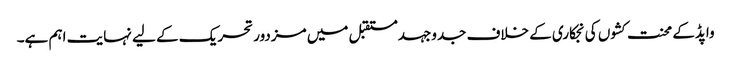
واپڈکے محنت کشوں کی نجکاری کے خلاف جدوجہدمستقبل میں مزدور تحریک کے لیے نہایت اہم ہے۔